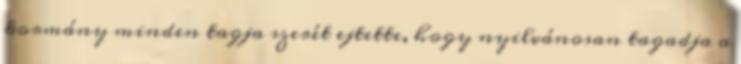
kormány minden tagja szerét ejtette, hogy nyilvánosan tagadja a